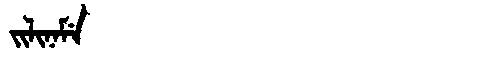
Manchu: ᠵᡳᠯᡳᠨᠠᠮᡝ
Romanization: JILINAME